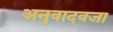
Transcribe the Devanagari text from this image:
अनुवादवजा